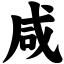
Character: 咸